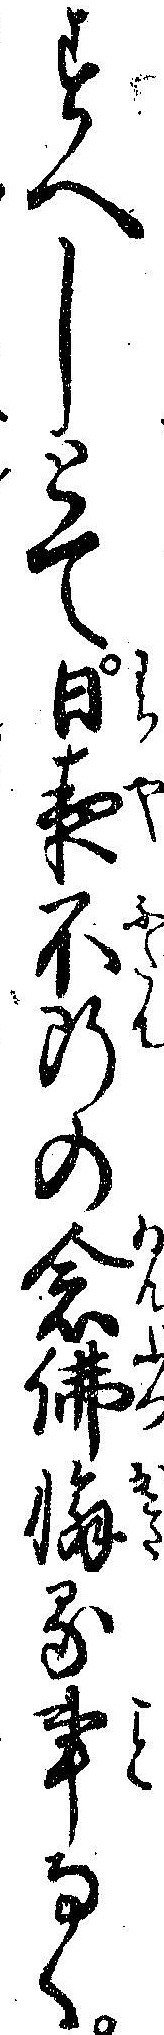
すへしとて日夜不断の念仏懈る事なく